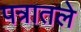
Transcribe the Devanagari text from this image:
पत्रातले